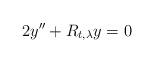
LaTeX: \begin{align*} 2y'' + R_{t,\lambda}y =0\end{align*}